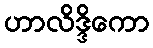
ဟာလိဒ္ဒိကော